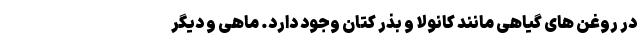
در روغن های گیاهی مانند کانولا و بذر کتان وجود دارد. ماهی و دیگر